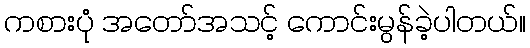
ကစားပုံ အတော်အသင့် ကောင်းမွန်ခဲ့ပါတယ်။